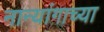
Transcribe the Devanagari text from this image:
नान्यांगाच्या